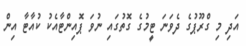
އަދި މި ގްރޫޕުގެ ދެވަނަ ޓީމުގެ ގޮތުގައި ނުވަ ޕޮއިންޓާއެކު ކުއާޓާ އިން